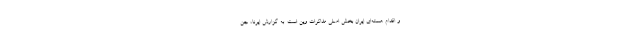
و اقدام هسته‌ای ایران بخش اصلی مذاکرات وین است. به گزارش ایرنا، جن